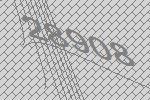
28908